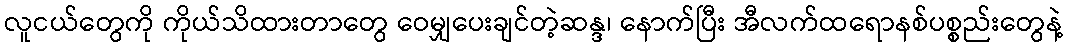
လူငယ်တွေကို ကိုယ်သိထားတာတွေ ဝေမျှပေးချင်တဲ့ဆန္ဒ၊ နောက်ပြီး အီလက်ထရောနစ်ပစ္စည်းတွေနဲ့